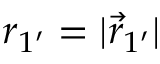
r _ { 1 ^ { \prime } } = | \vec { r } _ { 1 ^ { \prime } } |